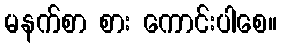
မနက်စာ စား ကောင်းပါစေ။